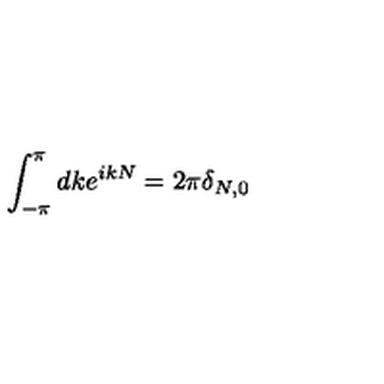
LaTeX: \int _ { - \pi } ^ { \pi } d k e ^ { i k N } = 2 \pi \delta _ { N , 0 }